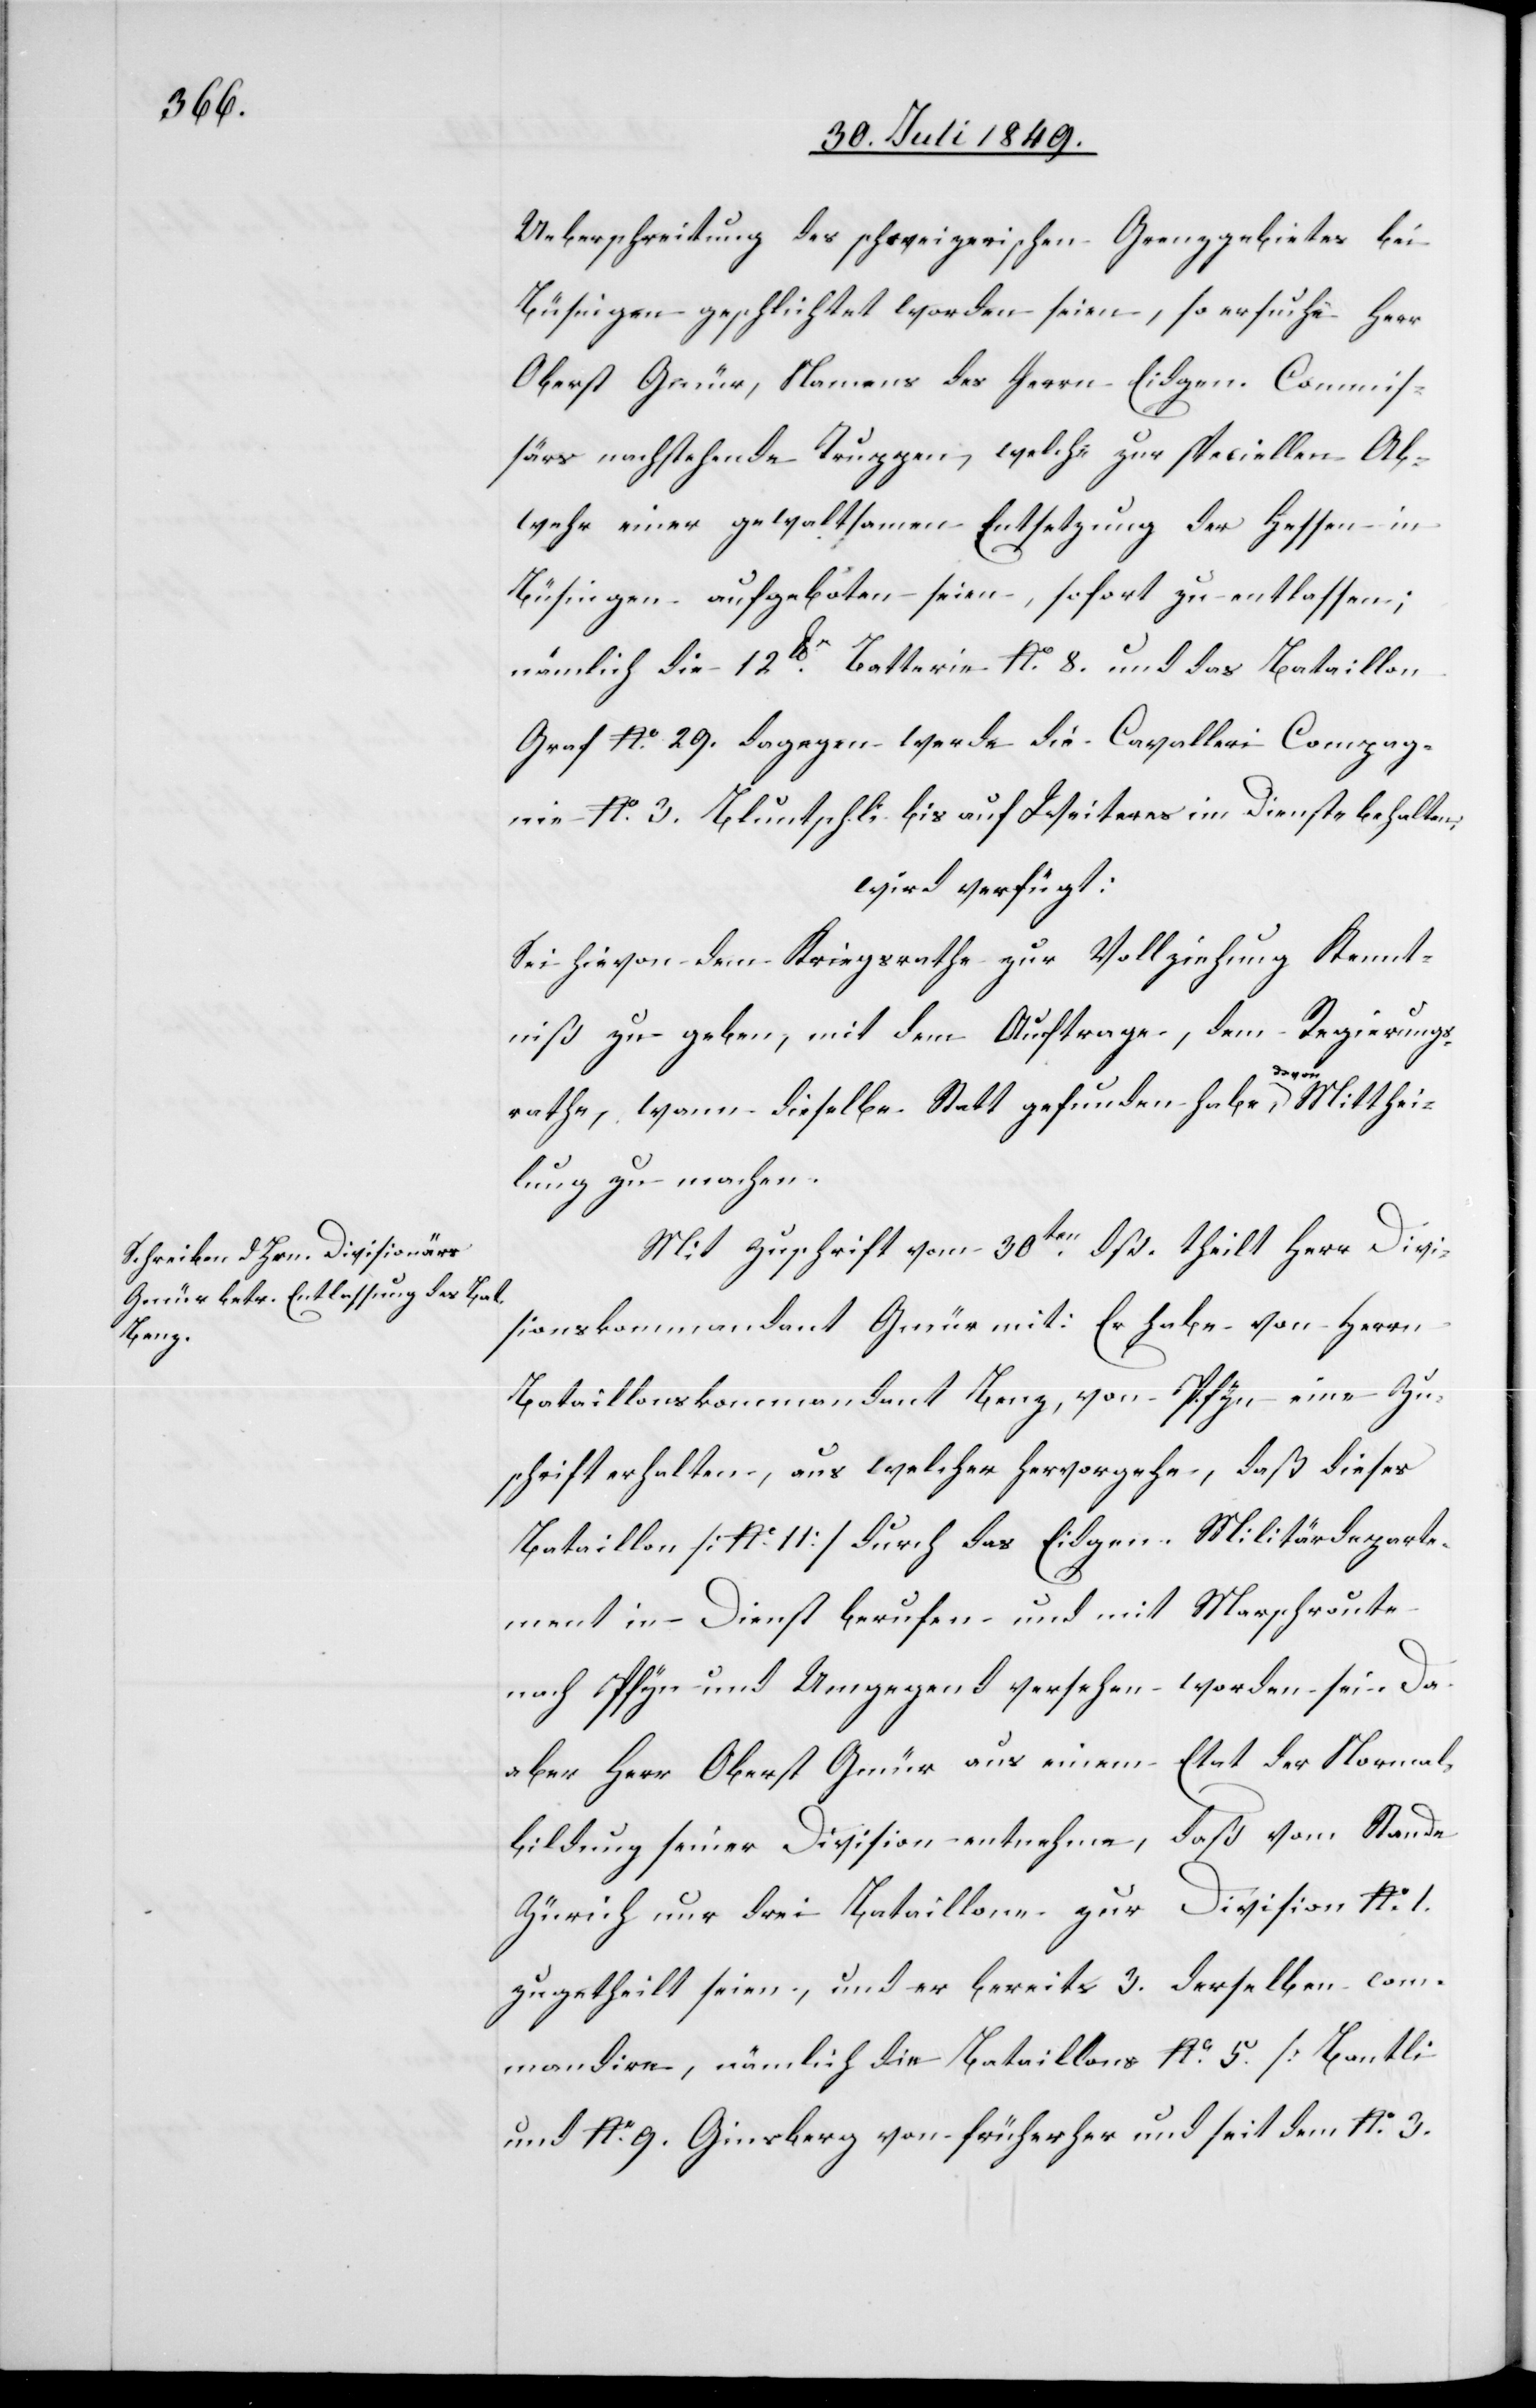
Ueberschreitung des schweizerischen Grenzgebietes bei
Büsingen geschlichtet worden seien, so ersuche Herr
Oberst Gmür, Namens des Herrn Eidgen. Commis¬
särs nachstehende Truppen, welche zur speciellen Ab¬
wehr einer gewaltsamen Entsetzung der Hessen in
Büsingen aufgeboten seien, sofort zu entlassen;
nämlich die 12lbr Batterie No. 8. und das Bataillon
Graf No. 29. dagegen werde die Cavalleri Compag¬
nie No. 3. Bluntschli bis auf Weiteres im Dienste behalten,
wird verfügt:
Sei hievon dem Kriegsrathe zur Vollziehung Kennt¬
niß zu geben, mit dem Auftrage, dem Regierungs¬
Mitthei¬
rathe, wann dieselbe Statt gefunden habe, a-da¬
lung zu machen.